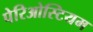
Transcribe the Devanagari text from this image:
पेरिओस्टियम